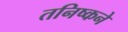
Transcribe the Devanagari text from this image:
तनिष्कने